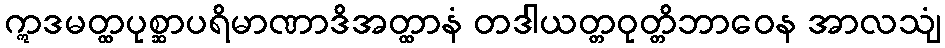
ဣဒမတ္ထပုစ္ဆာပရိမာဏာဒိအတ္ထာနံ တဒါယတ္တဝုတ္တိဘာဝေန အာလသျံ